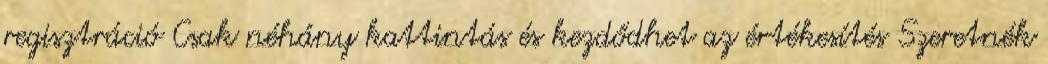
regisztráció Csak néhány kattintás és kezdődhet az értékesítés Szeretnék